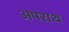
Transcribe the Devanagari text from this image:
अपराथ